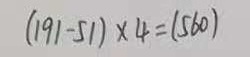
( 1 9 1 - 5 1 ) \times 4 = ( 5 6 0 )